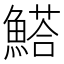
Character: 𩺗